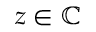
z \in \mathbb { C }